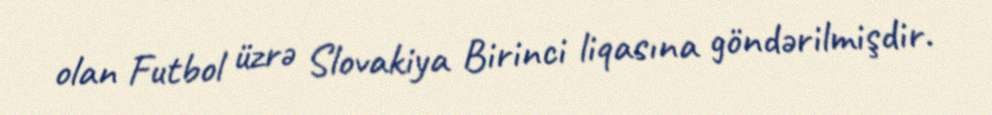
olan Futbol üzrə Slovakiya Birinci liqasına göndərilmişdir.